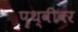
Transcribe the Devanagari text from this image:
पॄथ्वीवर